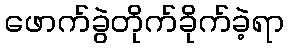
ဖောက်ခွဲတိုက်ခိုက်ခဲ့ရာ